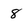
Character: 8